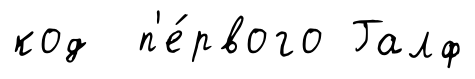
код п'е́рвого Галф